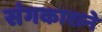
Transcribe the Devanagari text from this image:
संगकाराने